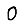
Digit: 0